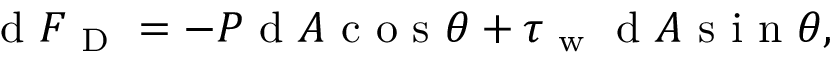
\mathrm { ~ d ~ } F _ { \mathrm { ~ D ~ } } = - P \mathrm { ~ d ~ } A \mathrm { ~ c ~ o ~ s ~ } \theta + \tau _ { \mathrm { ~ w ~ } } \mathrm { ~ d ~ } A \mathrm { ~ s ~ i ~ n ~ } \theta ,